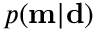
p ( \mathbf { m } | \mathbf { d } )